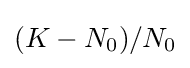
(K-N_{0})/N_{0}